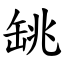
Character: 罀